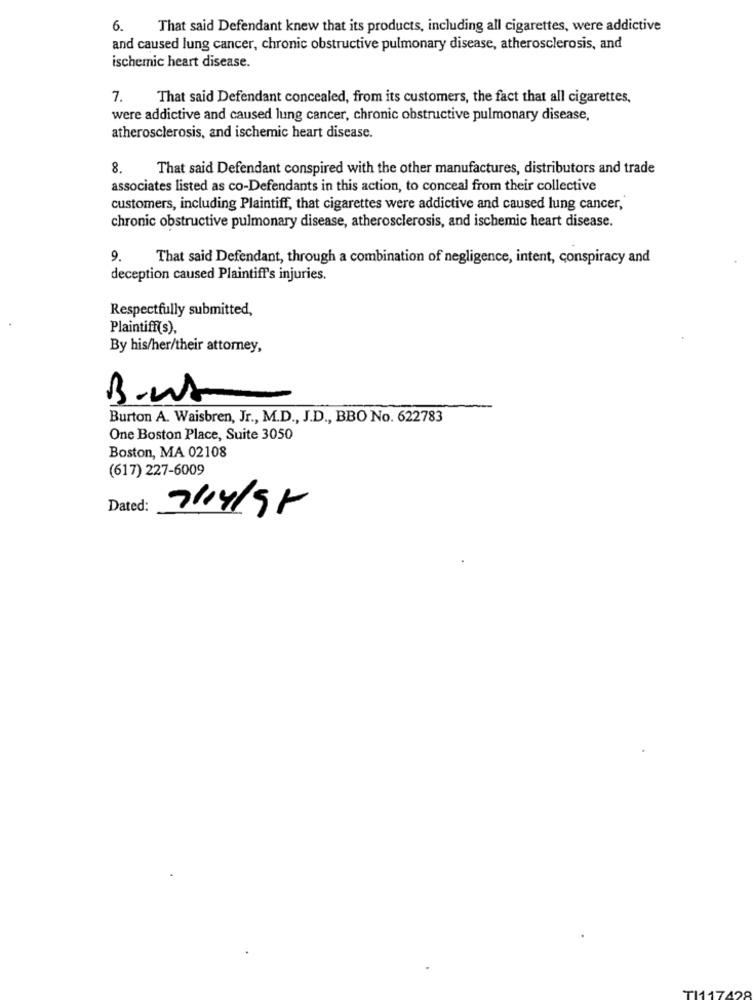
6. That said Defendant knew that its products, including all cigarettes, were addictive
and caused lung cancer, chronic obstructive pulmonary disease, atherosclerosis, and
ischemic heart disease.
7.
That said Defendant concealed, from its customers, the fact that all cigarettes,
were addictive and caused lung cancer, chronic obstructive pulmonary disease,
atherosclerosis, and ischemic heart disease.
8.
That said Defendant conspired with the other manufactures, distributors and trade
associates listed as co-Defendants in this action, to conceal from their collective
customers, including Plaintiff, that cigarettes were addictive and caused lung cancer,
chronic obstructive pulmonary disease, atherosclerosis, and ischemic heart disease.
9
That said Defendant, through a combination of negligence, intent, conspiracy and
deception caused Plaintiff's injuries.
Respectfully submitted,
Plaintiff(s),
By his/her/their attorney,
BuWt
Burton A. Waisbren, Jr ., M.D ., J.D ., BBO No. 622783
One Boston Place, Suite 3050
Boston, MA 02108
(617) 227-6009
Dated:
7/4/91